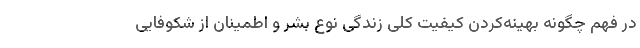
در فهم چگونه بهینه‌کردن کیفیت کلی زندگی نوع بشر و اطمینان از شکوفایی